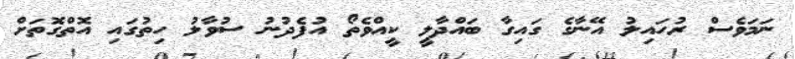
ނަމަވެސް ރުހައިލު އޭނާގެ ގައިގާ ބައްދާލީ ކީއްވެތޯ އުފެދުނު ސުވާލު ހިތުގައި އޮތްގޮތަށް